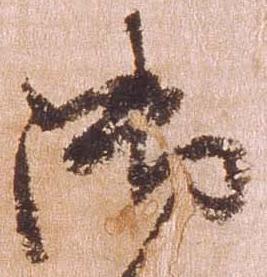
御